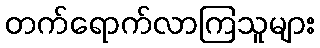
တက်ရောက်လာကြသူများ